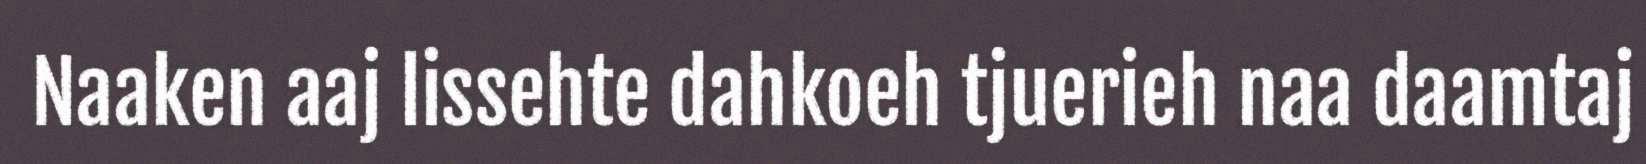
Naaken aaj lissehte dahkoeh tjuerieh naa daamtaj